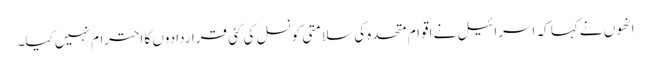
انھوں نے کہا کہ اسرائیل نے اقوام متحدہ کی سلامتی کونسل کی کئی قراردادوں کا احترام نہیں کیا۔